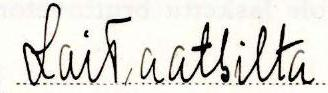
Laitaatsilta